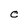
Character: C